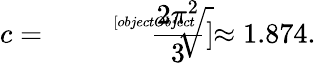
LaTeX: c={\sqrt[[objectObject]]{\frac{2\pi^{2}}{3}}}\approx 1.874.